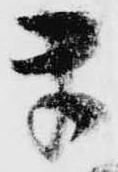
ま